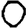
Digit: 0